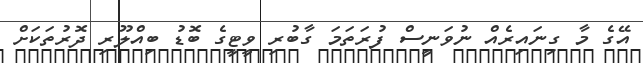
އޭގެ މާ ގިނައިރެއް ނުވަނީސް ފުރަތަމަ ގާބުރި ވީޓީގެ ބޮޑު ބިއްލޫރި ދޮރުތަކަށް